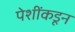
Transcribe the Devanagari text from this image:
पेशींकडून